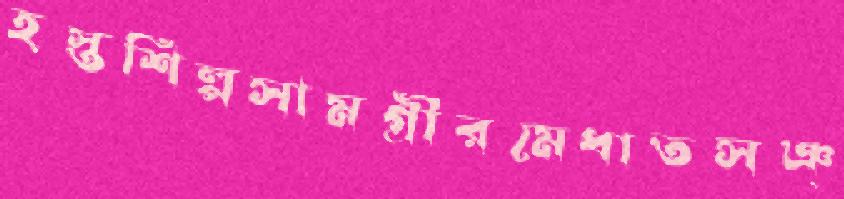
হস্তশিল্পসামগ্রীরমেধাতসঞ্